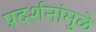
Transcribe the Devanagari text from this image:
प्रदर्शनांमुळे